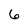
Character: 6